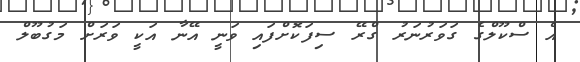
އެ ސްކޫލްގެ ގަވަރުނަރު ގްރޭ ސިފަކޮށްފައި ވަނީ އޭނާ އަކީ ވަރަށް މަގުބޫލް